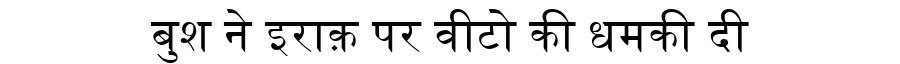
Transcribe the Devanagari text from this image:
बुश ने इराक़ पर वीटो की धमकी दी